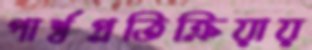
পার্শ্বপ্রতিক্রিয়ায়